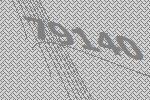
79140